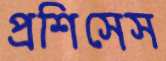
প্রশিসেস